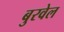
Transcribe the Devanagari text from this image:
बुरवेल